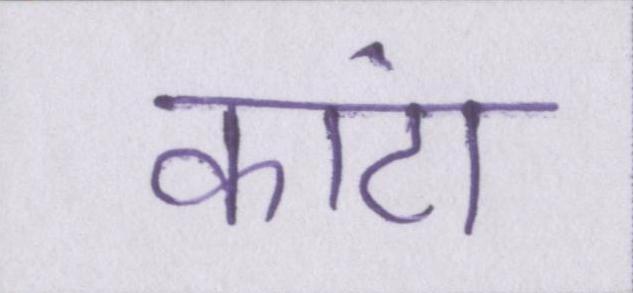
कांटा